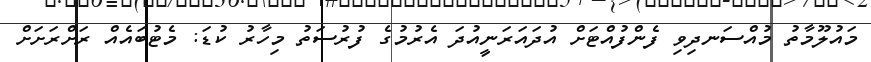
މައުލޫމާތު މުއްސަނދިވި ފެންފުއްޓަށް އުދައަރަނީއުދަ އެރުމުގެ ފުރުސަތު މިހާރު ކުޑަ: މެޓުބައެއް ރަށްރަށަށް